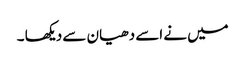
میں نے اسے دھیان سے دیکھا ۔